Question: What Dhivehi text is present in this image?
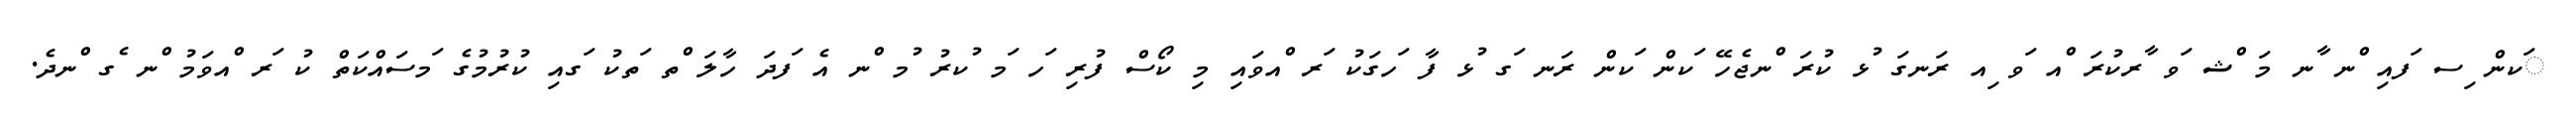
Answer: ަކން ިސ ަފއި ްނ ާނ މަ ްޝ ަވ ާރކުރަ ްއ ަވ ިއ ރަނގަ ުޅ ކުރަ ްނޖެހޭ ަކން ަކން ރަނ ަގ ުޅ ފާ ަހގަކު ަރ ްއވައި މި ކޯސް ފުރި ަހ ަމ ުކރު ުމ ްނ އެ ަފދަ ހާލަ ްތ ަތކު ަގއި ކުރުމުގެ ަމސައްކަތް ކު ަރ ްއވަމު ްނ ެގ ްނދެ.